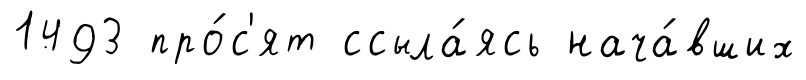
1493 про́с'ят ссыла́ясь нача́вших